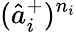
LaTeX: (\hat{a}_{i}^{+})^{n_{i}}